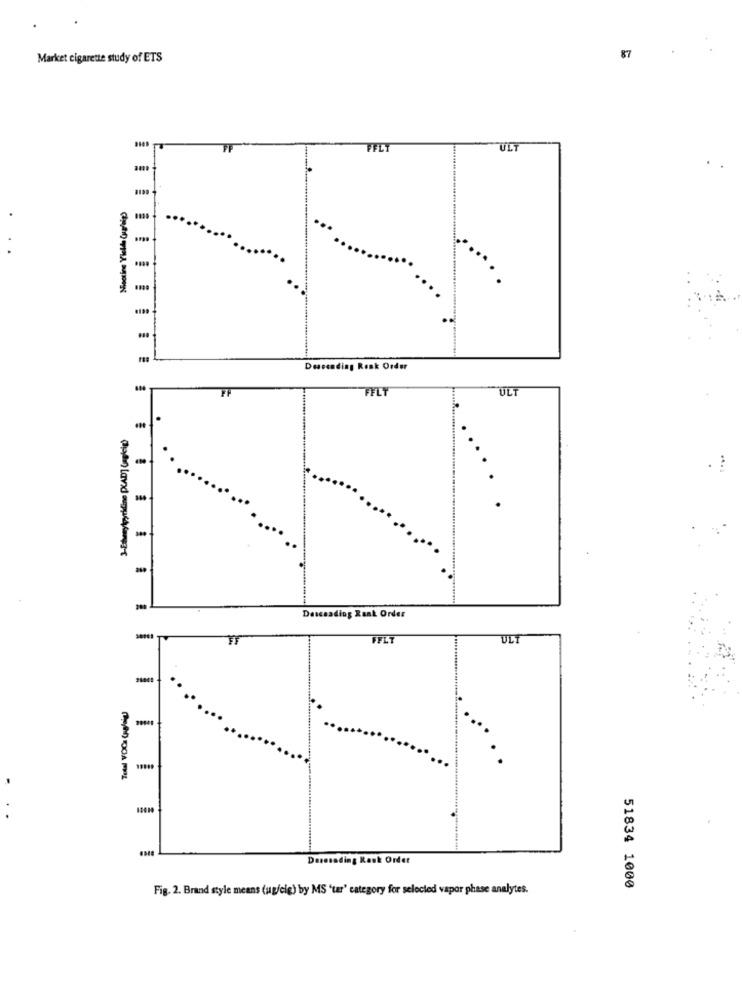
Market cigarette study of ETS
87
FFL
ULT
Mootins Yielde Cupflip)
...
Descending Renk Order
FF
FFLT
ULT
Descending Raat Order
FFLT
ULT
Deresading Rask Order
Fig. 2. Brand style means (ug/cig) by MS 'tar' category for selected vapor phase analytes.
51834 1000